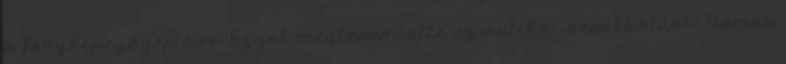
a fényképezőgép őse. Ezzel megteremtette az optikai képalkotást. Hamar